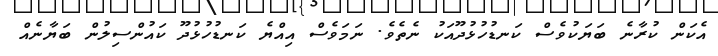
އެކަން ކުރާނެ ބަޔަކުވެސް ކަނޑުހުޅުދޫއަކު ނެތެވެ. ނަމަވެސް އިއްޔެ ކަނޑުހުޅުދޫ ކައުންސިލުން ބަޔާނެއް